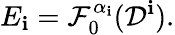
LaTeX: E_{\mathbf{i}}=\mathcal{{F}}_{0}^{\alpha_{\mathbf{i}}}(\mathcal{{D}}^{\mathbf{i}}).